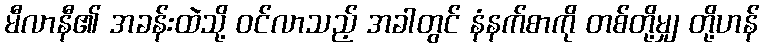
မီလာနီ၏ အခန်းထဲသို့ ဝင်လာသည့် အခါတွင် နံနက်စာကို တစ်တို့မျှ တို့ဟန်